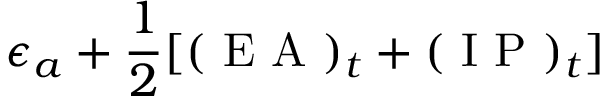
\epsilon _ { a } + \frac { 1 } { 2 } [ ( \mathrm { ~ E ~ A ~ } ) _ { t } + ( \mathrm { ~ I ~ P ~ } ) _ { t } ]